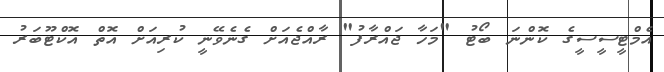
އެމްޓީސީސީގެ ކޮންނަ ބޯޓު "މަހާ ޖައްރާފު" ރާއްޖެއަށް ގެނެވޭނީ ކުރިއަށް އޮތް އޮކްޓޫބަރު